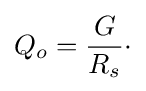
Q_{o}={\frac {G}{R_{s}}}\cdot